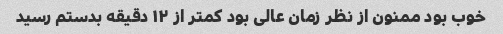
خوب بود ممنون از نظر زمان عالی بود کمتر از ۱۲ دقیقه بدستم رسید